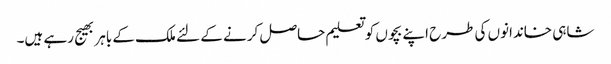
شاہی خاندانوں کی طرح اپنے بچوں کو تعلیم حاصل کرنے کے لئے ملک کے باہر بھیج رہے ہیں۔